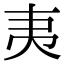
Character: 𭑅